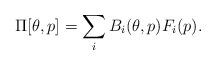
LaTeX: \begin{align*}\Pi[\theta,p] = \sum\limits_i B_i(\theta,p) F_i(p).\end{align*}